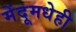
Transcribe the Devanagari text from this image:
मेंदूमधेही